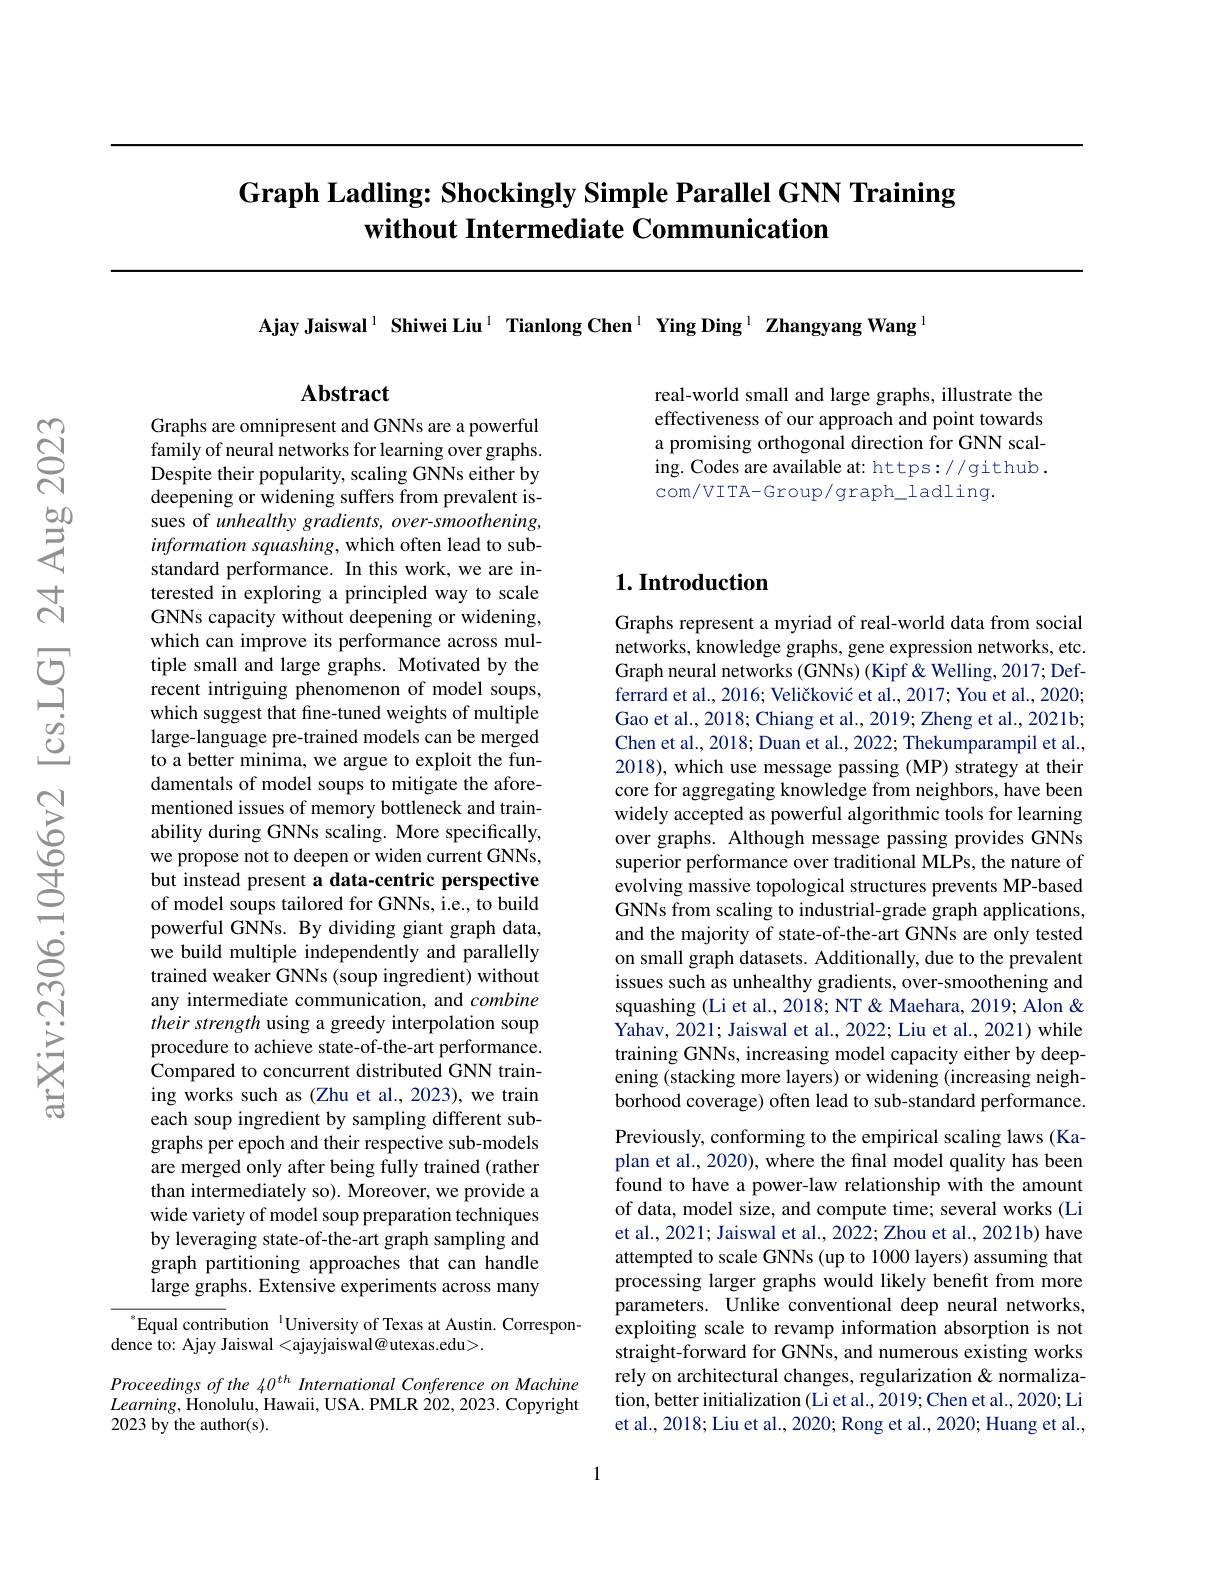
# Graph Ladling: Shockingly Simple Parallel GNN Training without Intermediate Communication

Ajay Jaiswal $^{1}$ Shiwei Liu$^{1}$ Tianlong Chen$^{1}$ Ying Ding$^{1}$ Zhangyang Wang$^{\text{l}}$

Abstract

real-world small and large graphs, illustrate the effectiveness of our approach and point towards a promising orthogonal direction for GNN scaling. Codes are available at: https://github. com/VITA-Group/graph_ladling.

Graphs are omnipresent and GNNs are a powerful family of neural networks for learning over graphs. Despite their popularity, scaling GNNs either by deepening or widening suffers from prevalent issues of unhealthy gradients, over-smoothening, information squashing, which often lead to substandard performance. In this work, we are interested in exploring a principled way to scale GNNs capacity without deepening or widening, which can improve its performance across multiple small and large graphs. Motivated by the recent intriguing phenomenon of model soups, which suggest that fine-tuned weights of multiple large-language pre-trained models can be merged to a better minima, we argue to exploit the fundamentals of model soups to mitigate the aforementioned issues of memory bottleneck and trainability during GNNs scaling. More specifically, we propose not to deepen or widen current GNNs, but instead present a data-centric perspective of model soups tailored for GNNs, i.e., to build powerful GNNs. By dividing giant graph data, we build multiple independently and parallelly trained weaker GNNs (soup ingredient) without any intermediate communication, and combine their strength using a greedy interpolation soup procedure to achieve state-of-the-art performance. Compared to concurrent distributed GNN training works such as (Zhu et al., 2023), we train each soup ingredient by sampling different subgraphs per epoch and their respective sub-models are merged only after being fully trained (rather than intermediately so). Moreover, we provide a wide variety of model soup preparation techniques by leveraging state-of-the-art graph sampling and graph partitioning approaches that can handle large graphs. Extensive experiments across many $^{*}$Equal contribution $^{\text{l}}$University of Texas at Austin. Correspon-

dence to: Ajay Jaiswal <ajayjaiswal@utexas.edu>.

Proceedings of the 40$^{th}$ International Conference on Machine $Learning$,Honolulu, Hawaii, USA. PMLR 202,2023. Copyright 2023 by the author(s).

## $1. \textbf{Introduction}$

Graphs represent a myriad of real-world data from social networks, knowledge graphs, gene expression networks, etc. Graph neural networks (GNNs) (Kipf & Welling, 2017; Defferrard et al., 2016; Veličković et al., 2017; You et al., 2020; Gao et al., 2018; Chiang et al., 2019; Zheng et al., 2021b; Chen et al., 2018; Duan et al., 2022; Thekumparampil et al. 2018), which use message passing (MP) strategy at their core for aggregating knowledge from neighbors, have been widely accepted as powerful algorithmic tools for learning over graphs. Although message passing provides GNNs superior performance over traditional MLPs, the nature of evolving massive topological structures prevents MP-based GNNs from scaling to industrial-grade graph applications, and the majority of state-of-the-art GNNs are only tested on small graph datasets. Additionally, due to the prevalent issues such as unhealthy gradients, over-smoothening and squashing (Li et al., 2018; NT & Maehara, 2019; Alon & Yahav, 2021; Jaiswal et al., 2022; Liu et al., 2021) while training GNNs, increasing model capacity either by deepening (stacking more layers) or widening (increasing neighborhood coverage) often lead to sub-standard performance. Previously, conforming to the empirical scaling laws (Kaplan et al., 2020), where the final model quality has been found to have a power-law relationship with the amount of data, model size, and compute time; several works (Li et al., 2021; Jaiswal et al., 2022; Zhou et al., 2021b) have attempted to scale GNNs (up to 1000 layers) assuming that processing larger graphs would likely benefit from more parameters. Unlike conventional deep neural networks, exploiting scale to revamp information absorption is not straight-forward for GNNs, and numerous existing works rely on architectural changes, regularization & normalization, better initialization (Li et al., 2019; Chen et al., 2020; Li et al., 2018; Liu et al., 2020; Rong et al., 2020; Huang et al.,